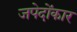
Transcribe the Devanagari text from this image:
जपेदोंकार